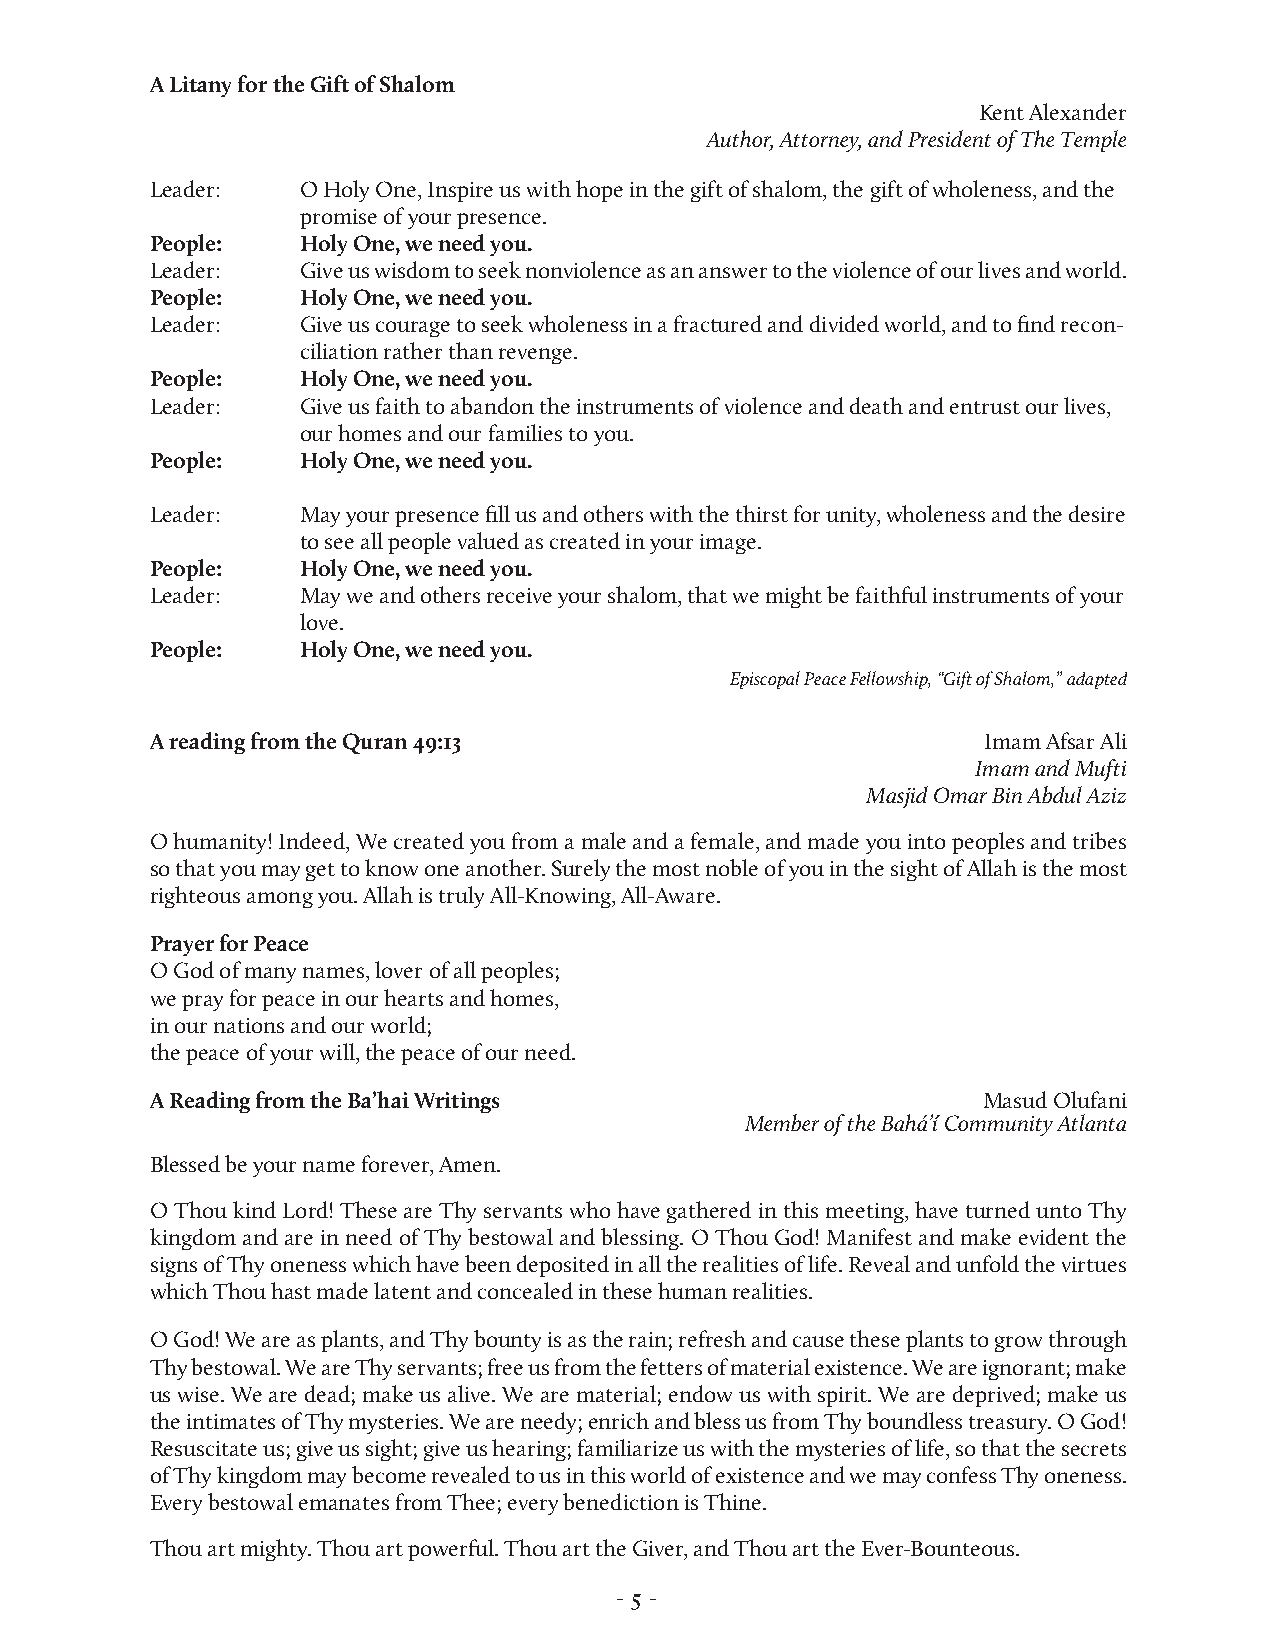
A Litany for the Gift of Shalom
 Kent Alexander
 Author, Attorney, and President of The Temple
 Leader:   O Holy One, Inspire us with hope in the gift of shalom, the gift of wholeness, and the
 promise of your presence.
 People:   Holy One, we need you.
 Leader:   Give us wisdom to seek nonviolence as an answer to the violence of our lives and world.
 People:   Holy One, we need you.
 Leader:   Give us courage to seek wholeness in a fractured and divided world, and to find recon-
 ciliation rather than revenge.
 People:   Holy One, we need you.
 Leader:   Give us faith to abandon the instruments of violence and death and entrust our lives,
 our homes and our families to you.
 People:   Holy One, we need you.
 Leader:   May your presence fill us and others with the thirst for unity, wholeness and the desire
 to see all people valued as created in your image.
 People:   Holy One, we need you.
 Leader:   May we and others receive your shalom, that we might be faithful instruments of your
 love.
 People:   Holy One, we need you.
 Episcopal Peace Fellowship, “Gift of Shalom,” adapted
 A reading from the Quran 49:13                         Imam Afsar Ali
 Imam and Mufti
 Masjid Omar Bin Abdul Aziz
 O humanity! Indeed, We created you from a male and a female, and made you into peoples and tribes
 so that you may get to know one another. Surely the most noble of you in the sight of Allah is the most
 righteous among you. Allah is truly All-Knowing, All-Aware.
 Prayer for Peace
 O God of many names, lover of all peoples;
 we pray for peace in our hearts and homes,
 in our nations and our world;
 the peace of your will, the peace of our need.
 A Reading from the Ba’hai Writings                     Masud Olufani
 Member of the Bahá’í Community Atlanta
 Blessed be your name forever, Amen.
 O Thou kind Lord! These are Thy servants who have gathered in this meeting, have turned unto Thy
 kingdom and are in need of Thy bestowal and blessing. O Thou God! Manifest and make evident the
 signs of Thy oneness which have been deposited in all the realities of life. Reveal and unfold the virtues
 which Thou hast made latent and concealed in these human realities.
 O God! We are as plants, and Thy bounty is as the rain; refresh and cause these plants to grow through
 Thy bestowal. We are Thy servants; free us from the fetters of material existence. We are ignorant; make
 us wise. We are dead; make us alive. We are material; endow us with spirit. We are deprived; make us
 the intimates of Thy mysteries. We are needy; enrich and bless us from Thy boundless treasury. O God!
 Resuscitate us; give us sight; give us hearing; familiarize us with the mysteries of life, so that the secrets
 of Thy kingdom may become revealed to us in this world of existence and we may confess Thy oneness.
 Every bestowal emanates from Thee; every benediction is Thine.
 Thou art mighty. Thou art powerful. Thou art the Giver, and Thou art the Ever-Bounteous.
 - 5 -